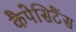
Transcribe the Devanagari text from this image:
कैपेसिटैंस